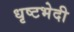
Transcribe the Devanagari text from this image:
धृष्टभेदी